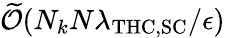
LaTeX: \widetilde{\mathcal{O}}(N_{k}N\lambda_{\mathrm{THC},\mathrm{SC}}/\epsilon)